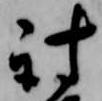
討